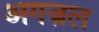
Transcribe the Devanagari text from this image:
अगज़ल